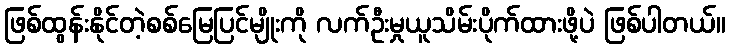
ဖြစ်ထွန်းနိုင်တဲ့စစ်မြေပြင်မျိုးကို လက်ဦးမှုယူသိမ်းပိုက်ထားဖို့ပဲ ဖြစ်ပါတယ်။